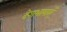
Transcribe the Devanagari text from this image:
देशभाषाएँ